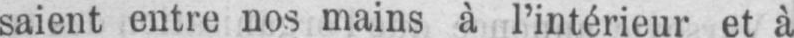
saient entre nos mains à l’intérieur et à